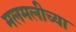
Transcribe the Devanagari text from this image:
मलमलीच्या